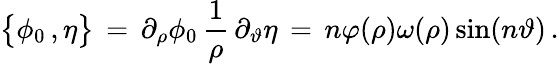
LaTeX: \bigl\{ \phi_{0}\, ,\eta\bigr\} \, =\, \partial_{\rho}\phi_{0}\, \frac{1}{\rho}\, \partial_{\vartheta}\eta\, =\, n\varphi(\rho)\omega(\rho)\sin(n\vartheta)\, .